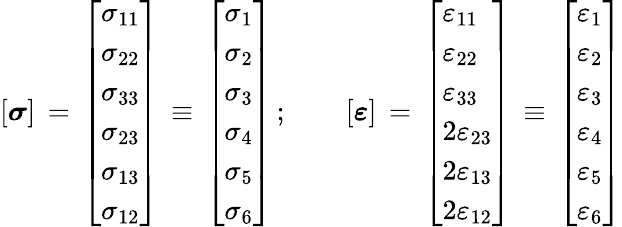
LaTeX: [{\boldsymbol{\sigma}}]\, =\, {\left[\begin{array}{l}{\sigma_{11}}\\ {\sigma_{22}}\\ {\sigma_{33}}\\ {\sigma_{23}}\\ {\sigma_{13}}\\ {\sigma_{12}}\end{array}\right]}\, \equiv\, {\left[\begin{array}{l}{\sigma_{1}}\\ {\sigma_{2}}\\ {\sigma_{3}}\\ {\sigma_{4}}\\ {\sigma_{5}}\\ {\sigma_{6}}\end{array}\right]}\, ;\qquad[{\boldsymbol{\varepsilon}}]\, =\, {\left[\begin{array}{l}{\varepsilon_{11}}\\ {\varepsilon_{22}}\\ {\varepsilon_{33}}\\ {2\varepsilon_{23}}\\ {2\varepsilon_{13}}\\ {2\varepsilon_{12}}\end{array}\right]}\, \equiv\, {\left[\begin{array}{l}{\varepsilon_{1}}\\ {\varepsilon_{2}}\\ {\varepsilon_{3}}\\ {\varepsilon_{4}}\\ {\varepsilon_{5}}\\ {\varepsilon_{6}}\end{array}\right]}